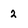
Character: 2